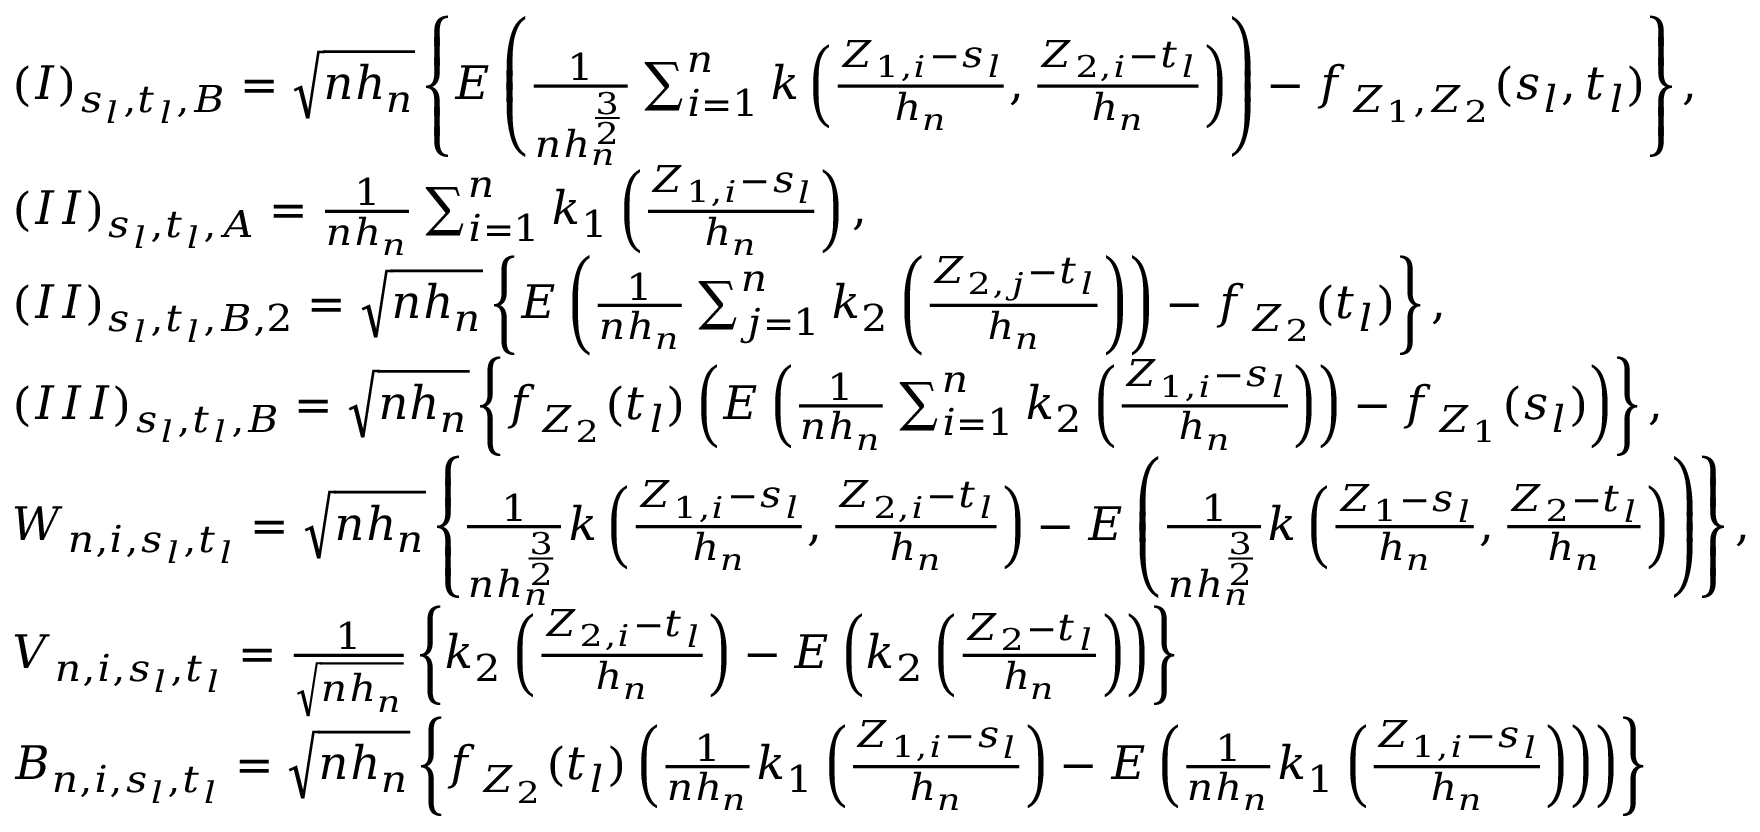
\begin{array} { r l } & { ( I ) _ { s _ { l } , t _ { l } , B } = \sqrt { n h _ { n } } \left\{ E \left( \frac { 1 } { n h _ { n } ^ { \frac { 3 } { 2 } } } \sum _ { i = 1 } ^ { n } k \left( \frac { Z _ { 1 , i } - s _ { l } } { h _ { n } } , \frac { Z _ { 2 , i } - t _ { l } } { h _ { n } } \right) \right) - f _ { Z _ { 1 } , Z _ { 2 } } ( s _ { l } , t _ { l } ) \right\} , } \\ & { ( I I ) _ { s _ { l } , t _ { l } , A } = \frac { 1 } { n h _ { n } } \sum _ { i = 1 } ^ { n } k _ { 1 } \left( \frac { Z _ { 1 , i } - s _ { l } } { h _ { n } } \right) , } \\ & { ( I I ) _ { s _ { l } , t _ { l } , B , 2 } = \sqrt { n h _ { n } } \left\{ E \left( \frac { 1 } { n h _ { n } } \sum _ { j = 1 } ^ { n } k _ { 2 } \left( \frac { Z _ { 2 , j } - t _ { l } } { h _ { n } } \right) \right) - f _ { Z _ { 2 } } ( t _ { l } ) \right\} , } \\ & { ( I I I ) _ { s _ { l } , t _ { l } , B } = \sqrt { n h _ { n } } \left\{ f _ { Z _ { 2 } } ( t _ { l } ) \left( E \left( \frac { 1 } { n h _ { n } } \sum _ { i = 1 } ^ { n } k _ { 2 } \left( \frac { Z _ { 1 , i } - s _ { l } } { h _ { n } } \right) \right) - f _ { Z _ { 1 } } ( s _ { l } ) \right) \right\} , } \\ & { W _ { n , i , s _ { l } , t _ { l } } = \sqrt { n h _ { n } } \left\{ \frac { 1 } { n h _ { n } ^ { \frac { 3 } { 2 } } } k \left( \frac { Z _ { 1 , i } - s _ { l } } { h _ { n } } , \frac { Z _ { 2 , i } - t _ { l } } { h _ { n } } \right) - E \left( \frac { 1 } { n h _ { n } ^ { \frac { 3 } { 2 } } } k \left( \frac { Z _ { 1 } - s _ { l } } { h _ { n } } , \frac { Z _ { 2 } - t _ { l } } { h _ { n } } \right) \right) \right\} , } \\ & { V _ { n , i , s _ { l } , t _ { l } } = \frac { 1 } { \sqrt { n h _ { n } } } \left\{ k _ { 2 } \left( \frac { Z _ { 2 , i } - t _ { l } } { h _ { n } } \right) - E \left( k _ { 2 } \left( \frac { Z _ { 2 } - t _ { l } } { h _ { n } } \right) \right) \right\} } \\ & { B _ { n , i , s _ { l } , t _ { l } } = \sqrt { n h _ { n } } \left\{ f _ { Z _ { 2 } } ( t _ { l } ) \left( \frac { 1 } { n h _ { n } } k _ { 1 } \left( \frac { Z _ { 1 , i } - s _ { l } } { h _ { n } } \right) - E \left( \frac { 1 } { n h _ { n } } k _ { 1 } \left( \frac { Z _ { 1 , i } - s _ { l } } { h _ { n } } \right) \right) \right) \right\} } \end{array}